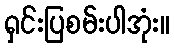
ရှင်းပြစမ်းပါအုံး။